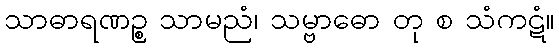
သာဓာရဏဉ္စ သာမညံ၊ သမ္ဗာဓော တု စ သံကဋံ။